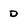
Character: d